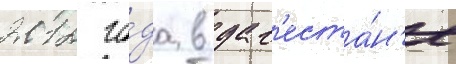
2012 го́да в даг'еста́н'е